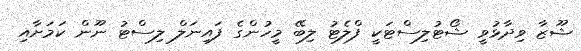
ޝޫޒާ ވިދާޅުވީ ޝޯޓުލިސްޓަކީ ފްލެޓު ލިބޭ މީހުންގެ ފައިނަލް ލިސްޓު ނޫން ކަމަށާއި